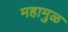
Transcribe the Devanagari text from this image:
महामुळ